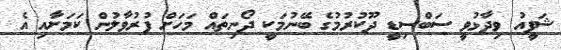
ޝަފީއު ވިދާޅުވީ ސަބްސިޑީ ދޫކުރުމުގެ ބޭނުމަކީ ދޯނިތައް މަހަށް ފުރުވާލުން ކަމަށާއި އެ